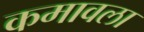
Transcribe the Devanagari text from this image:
कमावला